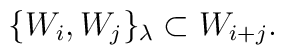
\{W_{i},W_{j}\}_\lambda\subset W_{i+j}.